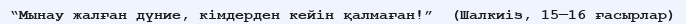
“Мынау жалған дүние, кімдерден кейін қалмаған!”  (Шалкиіз, 15—16 ғасырлар)